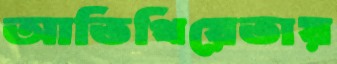
আতিথিয়েতায়